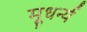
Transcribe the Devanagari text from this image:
मूधर्न्य